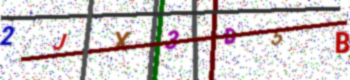
Text: 2JX3D5B